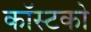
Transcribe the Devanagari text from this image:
कॉस्टको